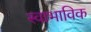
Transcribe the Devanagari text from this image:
स्‍वाभाविक